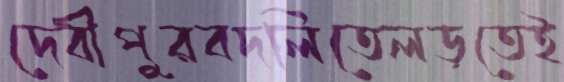
দেবীপুরবদলিতেলড়তেই